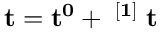
\mathbf { t = t ^ { 0 } + \theta ^ { [ 1 ] } \Delta t }